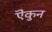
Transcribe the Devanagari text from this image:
ऎकुन